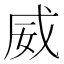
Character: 威